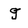
Character: q